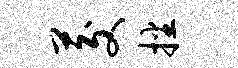
茭播